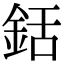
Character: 銛